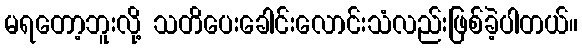
မရတော့ဘူးလို့ သတိပေးခေါင်းလောင်းသံလည်းဖြစ်ခဲ့ပါတယ်။